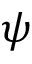
\psi